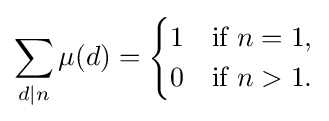
\sum _{d\mid n}\mu (d)={\begin{cases}1&{\text{if }}n=1,\\0&{\text{if }}n>1.\end{cases}}